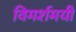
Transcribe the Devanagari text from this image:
विमर्शमयी